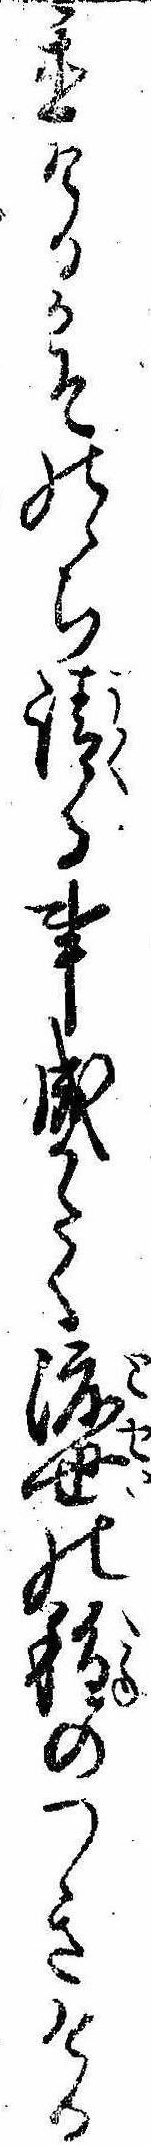
置けるかそのゝち請る事成かたく渡世の種のつきける